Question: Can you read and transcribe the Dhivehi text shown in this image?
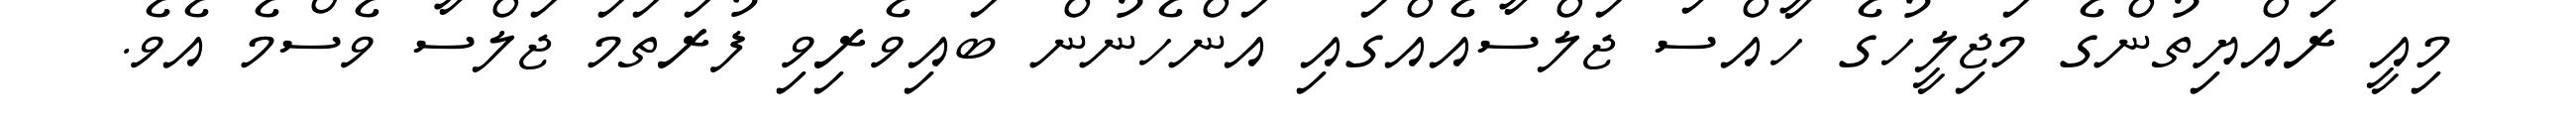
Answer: މިއީ ރައްޔިތުންގެ މަޖިލީހުގެ ހާއްސަ ޖަލްސާއެއްގައި އަންހެނުން ބައިވެރިވި ފުރަތަމަ ޖަލްސާ ވެސްމެ އެވެ.